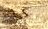
التعويض